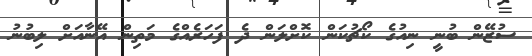
ސުޒޭން ބުނީ ނިއުގެ ކޯޗުކަން ކޮށްލަން ދެ ފަހަރެއްގެ މަތިން އޭނާއަށް ލިބުނު